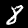
Digit: 8